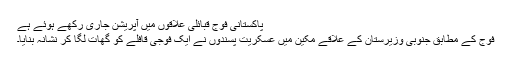
پاکستانی فوج قبائلی علاقوں میں آپریشن جاری رکھے ہوئے ہے
فوج کے مطابق جنوبی وزیرستان کے علاقے مکین میں عسکریت پسندوں نے ایک فوجی قافلے کو گھات لگا کر نشانہ بنایا۔